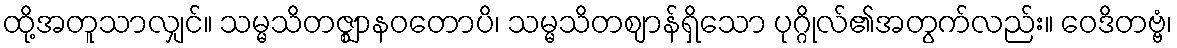
ထို့အတူသာလျှင်။ သမ္မသိတဇ္ဈာနဝတောပိ၊ သမ္မသိတဈာန်ရှိသော ပုဂ္ဂိုလ်၏အတွက်လည်း။ ဝေဒိတဗ္ဗံ၊